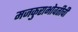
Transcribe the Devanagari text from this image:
मजकुराभोवतीची